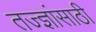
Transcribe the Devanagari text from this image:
तज्ज्ञांसाठी